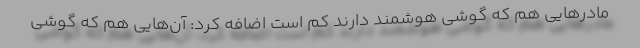
مادرهایی هم که گوشی هوشمند دارند کم است اضافه کرد: آن‌هایی هم که گوشی